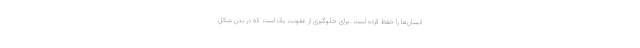
انسان‌ها را حفظ کرده است. برای جلوگیری از عفونت یک است که در بدن شکل